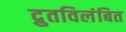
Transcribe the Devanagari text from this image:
द्रुतविलंबित